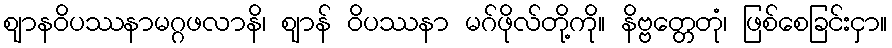
ဈာနဝိပဿနာမဂ္ဂဖလာနိ၊ ဈာန် ဝိပဿနာ မဂ်ဖိုလ်တို့ကို။ နိဗ္ဗတ္တေတုံ၊ ဖြစ်စေခြင်းငှာ။